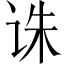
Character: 诛